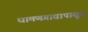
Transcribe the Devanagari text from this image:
धामणगावापासून